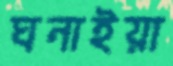
ঘনাইয়া